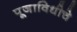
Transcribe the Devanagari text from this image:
पूजाविधीचे